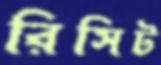
রিসিট